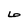
Character: 6